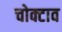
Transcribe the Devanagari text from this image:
चोक्टाव